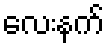
လေးနက်